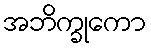
အဘိက္ခုကော